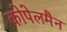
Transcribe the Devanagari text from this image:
कोपेलमैन